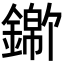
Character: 𬬃